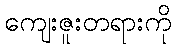
ကျေးဇူးတရားကို